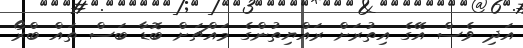
އަދި ވެސް އޭގެ އިތުރަށް ރައްޔިތުންގެ މައްޗަށް ބޮޑާ ބަސް ތައް ބްރޯ